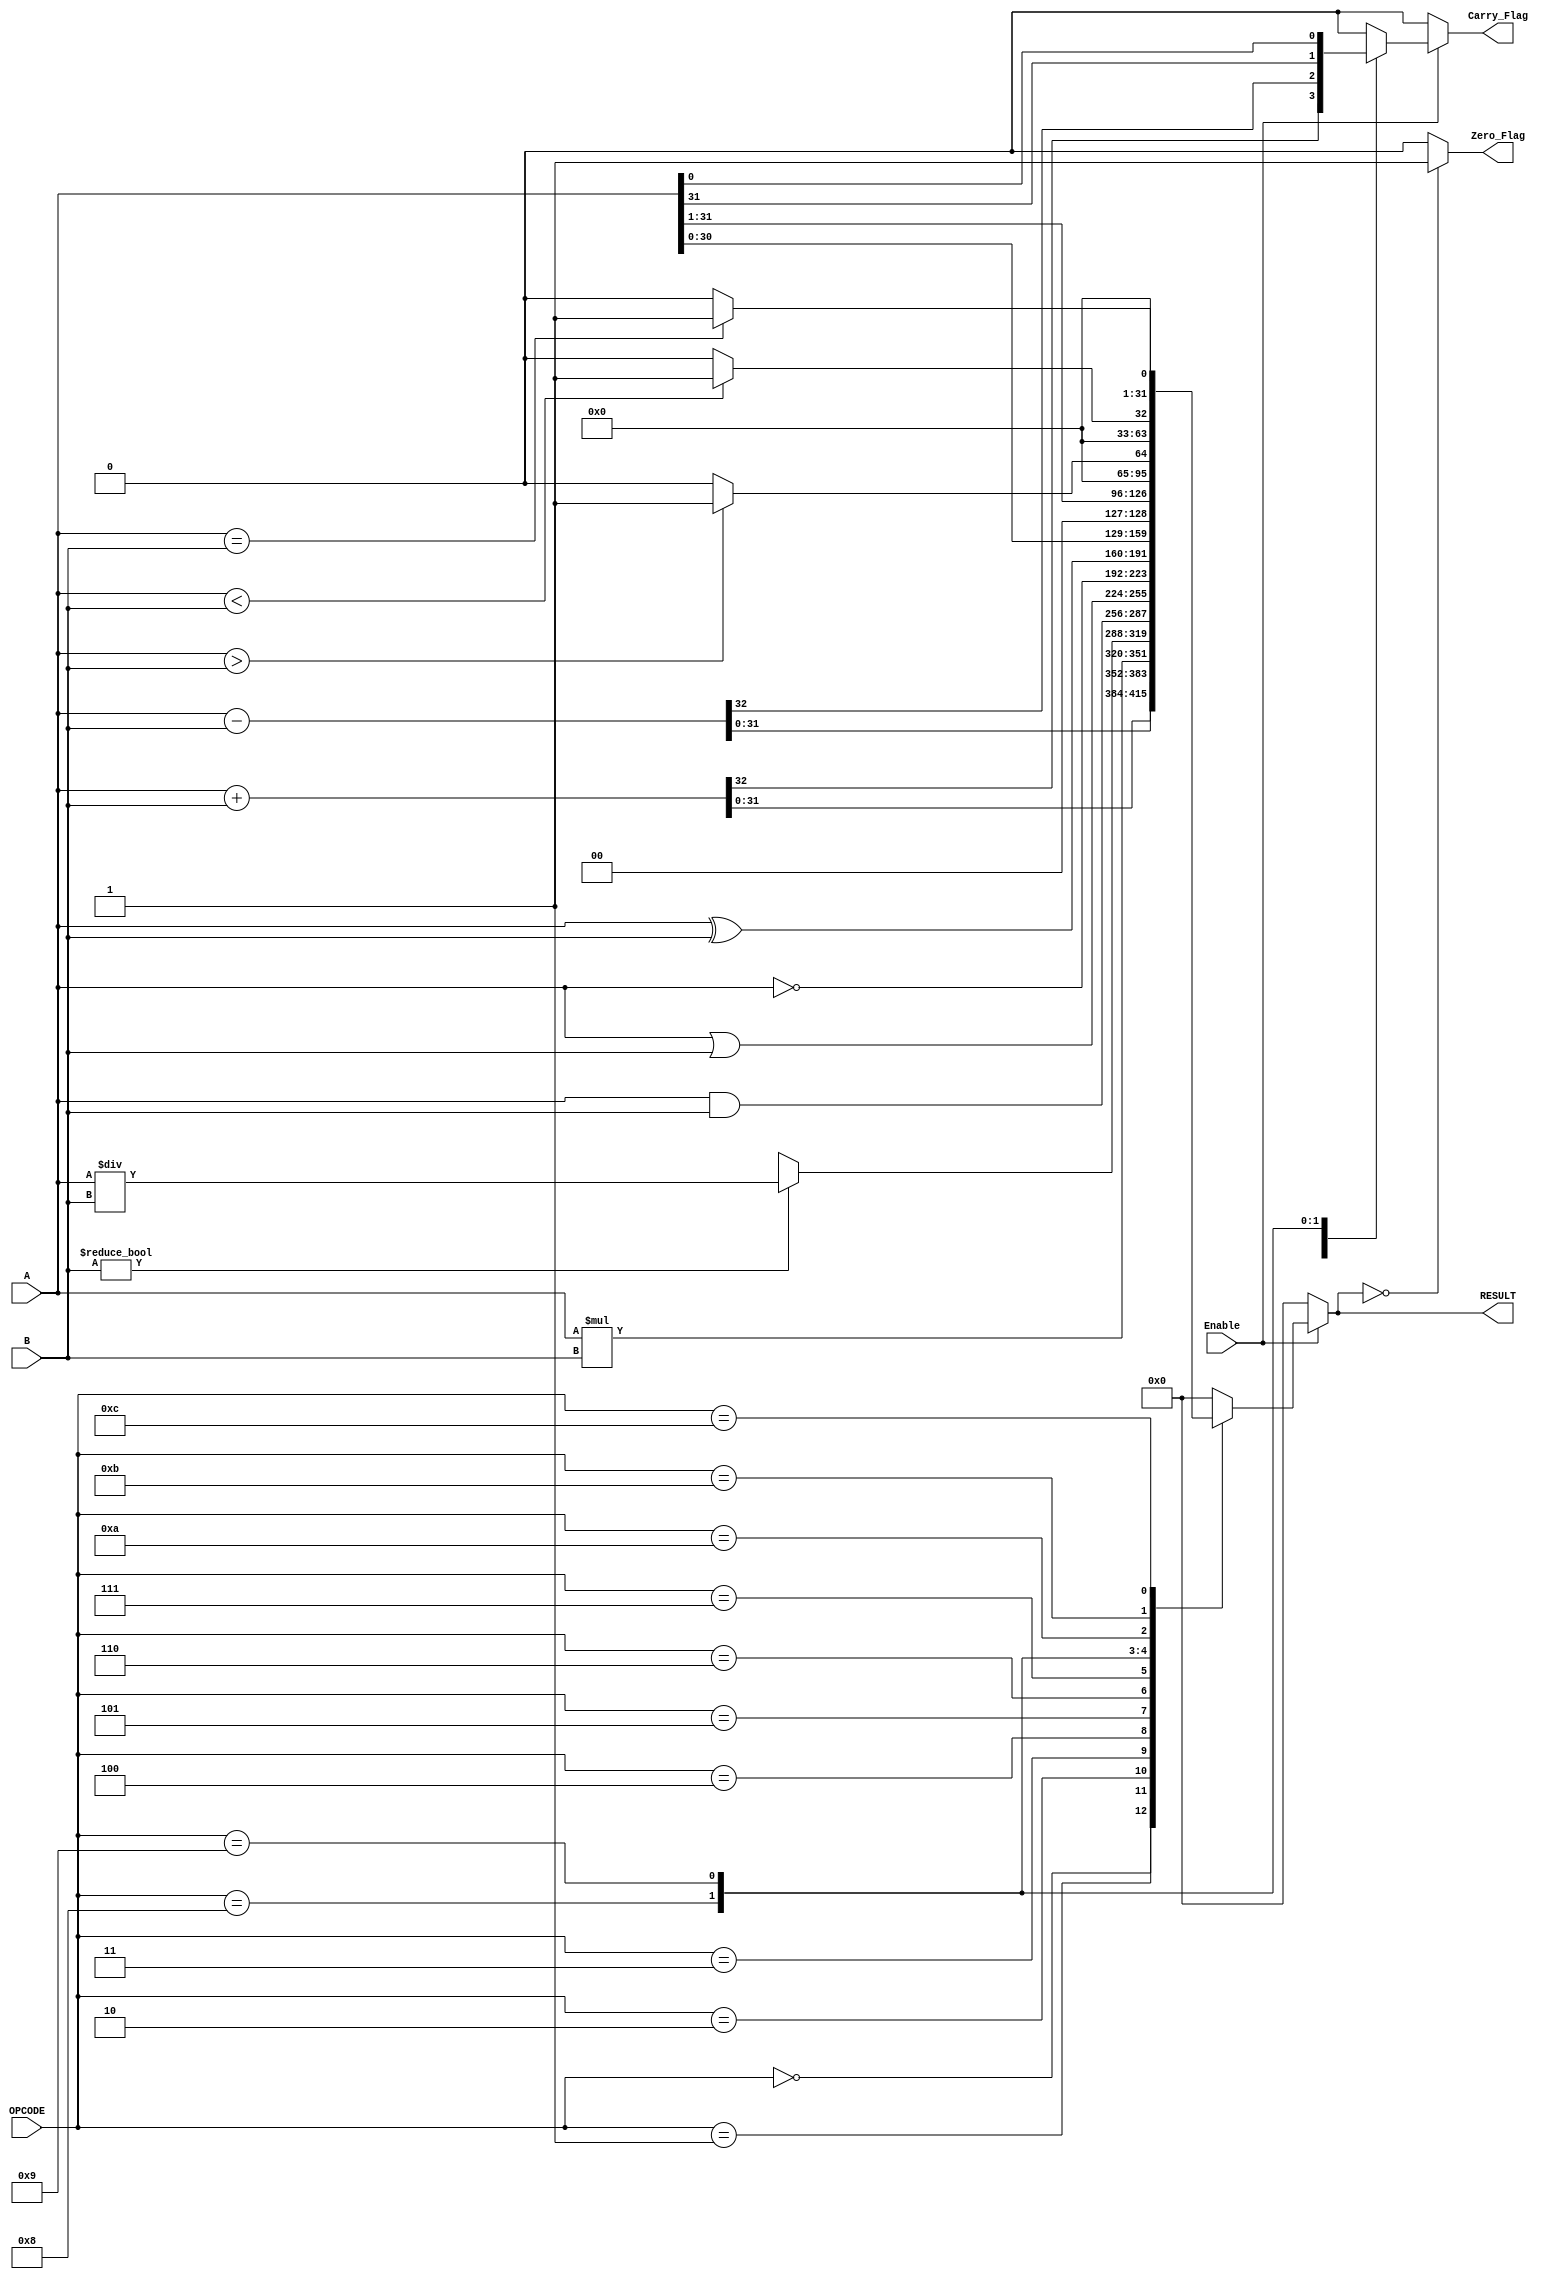
module ParameterizedALU #(
    parameter DATA_WIDTH = 32,
    parameter OPERATION_WIDTH = 4
)(
    input  wire [DATA_WIDTH-1:0] A,         // First operand
    input  wire [DATA_WIDTH-1:0] B,         // Second operand
    input  wire [OPERATION_WIDTH-1:0] OPCODE,// Operation code
    input  wire Enable,                      // Enable signal
    output reg  [DATA_WIDTH-1:0] RESULT,    // Result output
    output reg  Zero_Flag,                  // Zero flag output
    output reg  Carry_Flag                   // Carry flag output
);

// Define operation codes
localparam ADD      = 4'b0000;
localparam SUB      = 4'b0001;
localparam MUL      = 4'b0010;
localparam DIV      = 4'b0011;
localparam AND      = 4'b0100;
localparam OR       = 4'b0101;
localparam NOT      = 4'b0110;
localparam XOR      = 4'b0111;
localparam SHL      = 4'b1000; // Shift Left
localparam SHR      = 4'b1001; // Shift Right
localparam GT       = 4'b1010; // Greater Than
localparam LT       = 4'b1011; // Less Than
localparam EQ       = 4'b1100; // Equal To

always @(*) begin
    if (Enable) begin
        case (OPCODE)
            ADD: begin
                {Carry_Flag, RESULT} = A + B;  // Addition with carry
            end
            SUB: begin
                {Carry_Flag, RESULT} = A - B;  // Subtraction with carry
            end
            MUL: begin
                RESULT = A * B;                // Multiplication
                Carry_Flag = 1'b0;             // Set according to specific needs
            end
            DIV: begin
                if (B != 0) begin
                    RESULT = A / B;            // Division
                    Carry_Flag = 1'b0;         // Set according to specific needs
                end else begin
                    RESULT = {DATA_WIDTH{1'bx}};// Undefined on division by zero
                    Carry_Flag = 1'b0;         // Set according to specific needs
                end
            end
            AND: begin
                RESULT = A & B;                // Bitwise AND
                Carry_Flag = 1'b0;
            end
            OR: begin
                RESULT = A | B;                // Bitwise OR
                Carry_Flag = 1'b0;
            end
            NOT: begin
                RESULT = ~A;                   // Bitwise NOT on A
                Carry_Flag = 1'b0;
            end
            XOR: begin
                RESULT = A ^ B;                // Bitwise XOR
                Carry_Flag = 1'b0;
            end
            SHL: begin
                RESULT = A << 1;               // Logical Shift Left
                Carry_Flag = A[DATA_WIDTH-1];  // Set carry if needed
            end
            SHR: begin
                RESULT = A >> 1;               // Logical Shift Right
                Carry_Flag = A[0];              // Set carry if needed
            end
            GT: begin
                RESULT = (A > B) ? 1 : 0;      // Greater than comparison
                Carry_Flag = 1'b0;
            end
            LT: begin
                RESULT = (A < B) ? 1 : 0;      // Less than comparison
                Carry_Flag = 1'b0;
            end
            EQ: begin
                RESULT = (A == B) ? 1 : 0;     // Equal to comparison
                Carry_Flag = 1'b0;
            end
            default: begin
                RESULT = {DATA_WIDTH{1'b0}};   // Default case
                Carry_Flag = 1'b0;
            end
        endcase
    end else begin
        RESULT = {DATA_WIDTH{1'b0}};           // Reset RESULT if not enabled
        Carry_Flag = 1'b0;                      // Reset Carry Flag if not enabled
    end

    // Zero Flag Logic
    Zero_Flag = (RESULT == {DATA_WIDTH{1'b0}}) ? 1'b1 : 1'b0;

end

endmodule